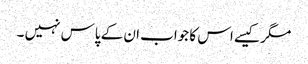
مگر کیسے اس کا جواب ان کے پاس نہیں ۔